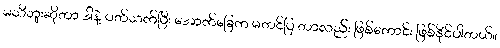
မသိဘူးဆိုတာ ဒါနဲ့ ပတ်သက်ပြီး အောက်ခြေက မတင်ပြ တာလည်း ဖြစ်ကောင်း ဖြစ်နိုင်ပါတယ်။